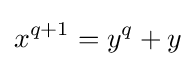
x^{q+1}=y^{q}+y